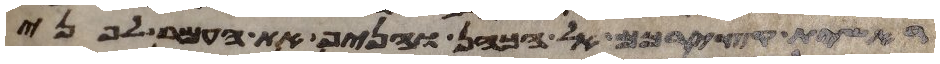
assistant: ראשית קצירכם אל הכהן והניף את העמר לפני